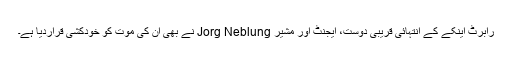
رابرٹ اینکے کے انتہائی قریبی دوست، ایجنٹ اور مشیر Jorg Neblung نے بھی ان کی موت کو خودکشی قراردیا ہے۔